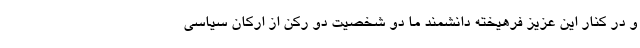
و در کنار این عزیز فرهیخته دانشمند ما دو شخصیت دو رکن از ارکان سیاسی